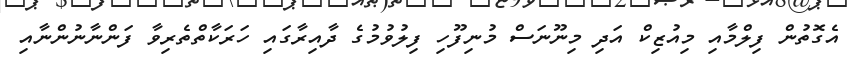
އެގޮތުން ފިލްމާއި މިއުޒިކް އަދި މިނޫނަސް މުނިފޫހި ފިލުވުމުގެ ދާއިރާގައި ހަރަކާތްތެރިވާ ފަންނާނުންނާއި